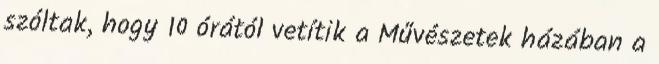
szóltak, hogy 10 órától vetítik a Művészetek házában a